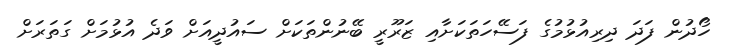
ހޯދުން ފަދަ ދިރިއުޅުމުގެ ފަސޭހަތަކަށާއި ޒަރޫރީ ބޭނުންތަކަށް ސައުދީއަށް ވަދެ އުޅުމަށް ގަތަރަށް